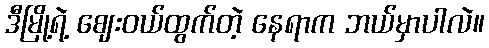
ဒီမြို့ရဲ့ ဈေးဝယ်ထွက်တဲ့ နေရာက ဘယ်မှာပါလဲ။